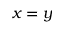
x = y